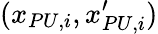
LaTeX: (x_{PU,i},x_{PU,i}^{\prime})